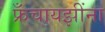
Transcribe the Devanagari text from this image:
फ्रँचायझींना